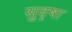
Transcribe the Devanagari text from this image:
सुवृषा